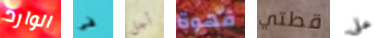
الوارد فى أجل قهوة قطتي علي